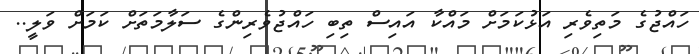
ހައްޖުގެ މަތިވެރި އަޅުކަމަށް މައްކާ އައިސް ތިބި ހައްޖުވެރިންގެ ސަލާމަތަށް ކަމަށް ވަލީ..